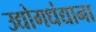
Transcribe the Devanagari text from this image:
उद्योगधंद्याना